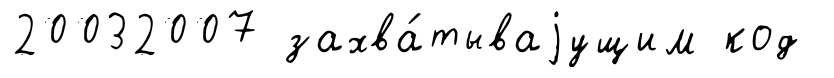
20032007 захва́тываjущим код